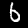
Digit: 6